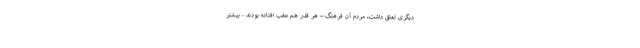
دیگری تعلق داشت، مردم آن فرهنگ – هر قدر هم عقب افتاده بودند - بیشتر